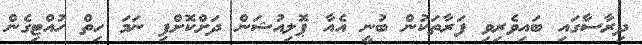
ދިރާސާގައި ބައިވެރިވި ފަރާތަކުން ބުނީ އެއާ ޕޮލިއުޝަން ދަށްކޮށްފި ނަމަ ހިތް ހުއްޓިގެން